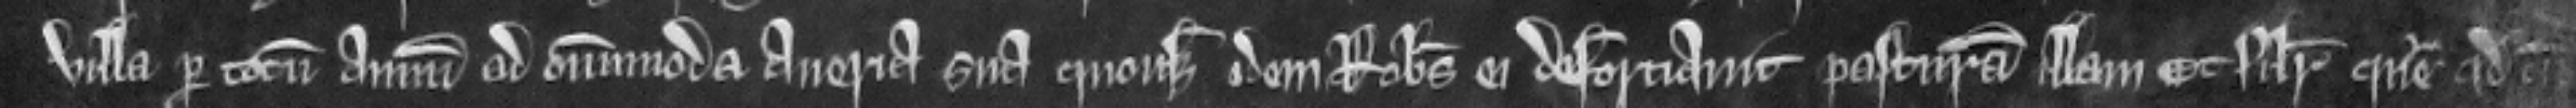
villa per totum annum ad omnimoda averia sua quousque idem Robertus ei deforciavit pasturam illam et similiter queritur quod cum